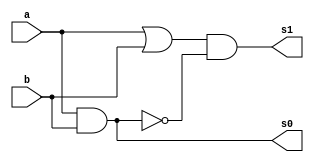
// ---------------------
// Exe01 - Half Hadder
// Nome: Marden Santos Batista
// ---------------------

//Modulo Meia Soma
module halfAdder(s0, s1, a, b);
	output s0, s1;
	input a, b;
	wire w1, w2;
	and AND01 (s0, a, b);
	or OR01 (w1, a, b);
	not NOT01 (w2, s0);
	and AND02 (s1, w1, w2);
endmodule
//Modulo Teste Meia Soma
module testeHalfAdder;
	reg reg1, reg2;
	wire w1, w2;

	halfAdder HalfAdder01 (w1, w2, reg1, reg2);

	initial begin
		reg1 = 0; reg2 = 0; //Valores iniciais
	end
	initial begin
		$display("Exercicio 01 - Marden Batista - 388613");
		$display("Half Hadder (Tradicional) \n");
		#1 $monitor("  %d + %d =  %d    %d", reg1, reg2, w1, w2);
		#1 reg1 = 0; reg2 = 1;
		#1 reg1 = 1; reg2 = 0;
		#1 reg1 = 1; reg2 = 1;
	end
endmodule